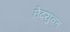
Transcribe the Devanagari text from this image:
छेदयुक्त